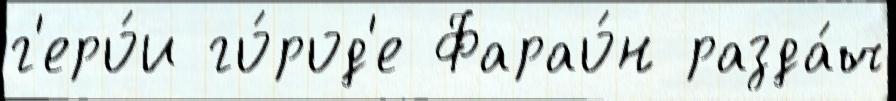
г'еро́и го́род'е Фарао́н разда́ч